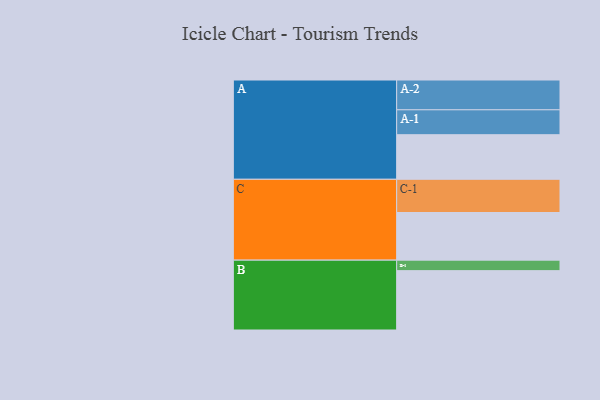
{"axis": {"x": "Segment", "y": "Value"}, "legend": ["", "A", "B", "C"], "data": [{"x": "A", "y": 365, "type": ""}, {"x": "B", "y": 486, "type": ""}, {"x": "C", "y": 390, "type": ""}, {"x": "A-1", "y": 204, "type": "A"}, {"x": "A-2", "y": 244, "type": "A"}, {"x": "B-1", "y": 86, "type": "B"}, {"x": "C-1", "y": 272, "type": "C"}]}